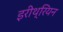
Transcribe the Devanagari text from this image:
इरीथ्रियन